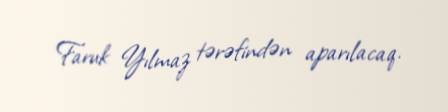
Faruk Yılmaz tərəfindən aparılacaq.